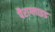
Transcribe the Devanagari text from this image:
पैराग्लाइड